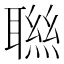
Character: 聮